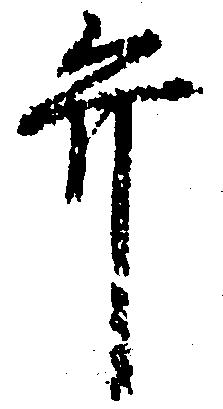
弁